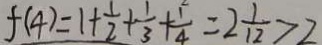
f ( 4 ) = 1 + \frac { 1 } { 2 } + \frac { 1 } { 3 } + \frac { 1 } { 4 } = 2 \frac { 1 } { 1 2 } > 2